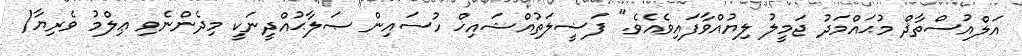
އަލްއުސްތާޛް މުޙައްމަދު ޖަމީލު ލިޔުއްވާފައިވެއެވެ." ފަޟީލަތުއްޝައިޚް ހުސައިން ޞަލާޙުއްދީނަކީ މިދެންނެވި ޢިލްމު ވެރިޔާ(